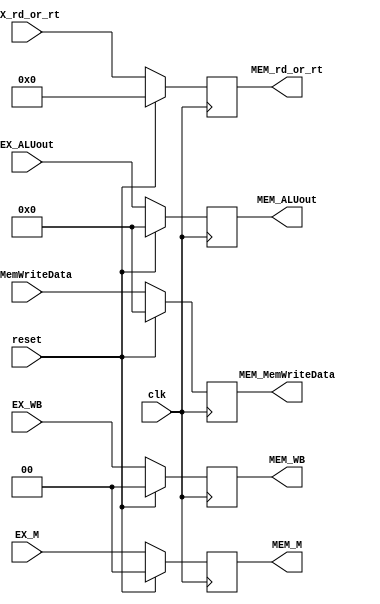
`timescale 1ns / 1ps
//////////////////////////////////////////////////////////////////////////////////
// Company: 
// Engineer: 
// 
// Design Name: 
// Module Name: EXMEM
// Project Name: 
// Target Devices: 
// Tool Versions: 
// Description: 
// 
// Dependencies: 
// 
// Revision:
// Revision 0.01 - File Created
// Additional Comments:
// 
//////////////////////////////////////////////////////////////////////////////////


module EXMEM(
        //--------------------input----------------------//
        input clk,
        input reset,
        //D0:RegWrite_id D1:MemToReg_id
        input [1:0] EX_WB,
        //D0: MemWrite_ex D1: MemRead_ex
        input [1:0] EX_M,
        input [31:0] EX_ALUout,
        input [31:0] EX_MemWriteData,
        input [4:0] EX_rd_or_rt,
        //--------------------output----------------------//
        output reg [1:0] MEM_WB,
        output reg [1:0] MEM_M,
        output reg [31:0] MEM_ALUout,
        output reg [31:0] MEM_MemWriteData,
        output reg [4:0] MEM_rd_or_rt
    );
    always @(posedge clk)
    if(reset)
    begin
        MEM_WB<=0;
        MEM_M<=0;
        MEM_ALUout<=0;
        MEM_MemWriteData<=0;
        MEM_rd_or_rt<=0;
    end
    else
    begin
        MEM_WB<=EX_WB;
        MEM_M<=EX_M;
        MEM_ALUout<=EX_ALUout;
        MEM_MemWriteData<=EX_MemWriteData;
        MEM_rd_or_rt<=EX_rd_or_rt;
    end
endmodule